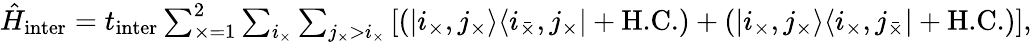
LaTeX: \begin{array}{r}{\hat{H}_{\textrm{inter}}=t_{\textrm{inter}}\sum_{\times=1}^{2}\sum_{i_{\times}}\sum_{j_{\times}>i_{\times}}\left[\left(\left|i_{\times},j_{\times}\rangle\langle i_{\bar{\times}},j_{{\times}}\right|+\textrm{H.C.}\right)+\left(\left|i_{\times},j_{\times}\rangle\langle i_{{\times}},j_{\bar{\times}}\right|+\textrm{H.C.}\right)\right],}\end{array}